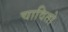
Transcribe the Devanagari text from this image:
चावितो